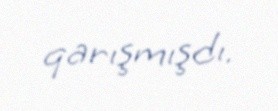
qarışmışdı.